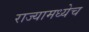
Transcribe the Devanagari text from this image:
राज्यामध्येच